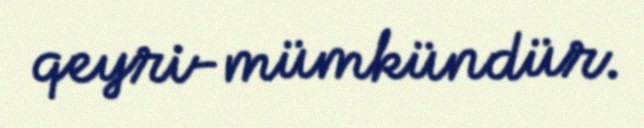
qeyri-mümkündür.